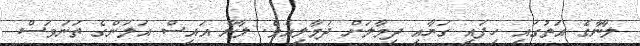
ލާނާގެ އަތުގައި ހިފައި ގަޔާއި ދިމާލަށް ދަމާލިއެވެ. ލާނާ އައިސް އަލަންގެ ތަނަވަސް